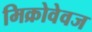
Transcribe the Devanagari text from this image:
मिक्रोवेवज